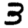
Digit: 3